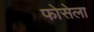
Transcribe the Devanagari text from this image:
फोसेला